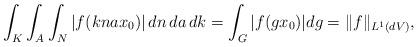
LaTeX: \begin{align*}\int_K \int_A \int_N |f(knax_0)| \,dn\,da\,dk= \int_G |f(gx_0)| dg = \Vert f\Vert_{L^1(dV)},\end{align*}